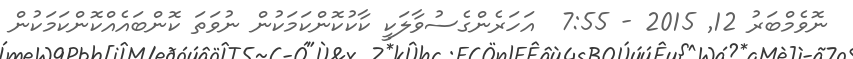
ނޮވެމްބަރު 12